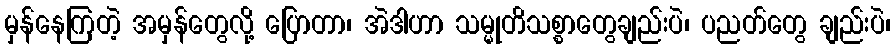
မှန်နေကြတဲ့ အမှန်တွေလို့ ပြောတာ၊ အဲဒါဟာ သမ္မုတိသစ္စာတွေချည်းပဲ၊ ပညတ်တွေ ချည်းပဲ၊